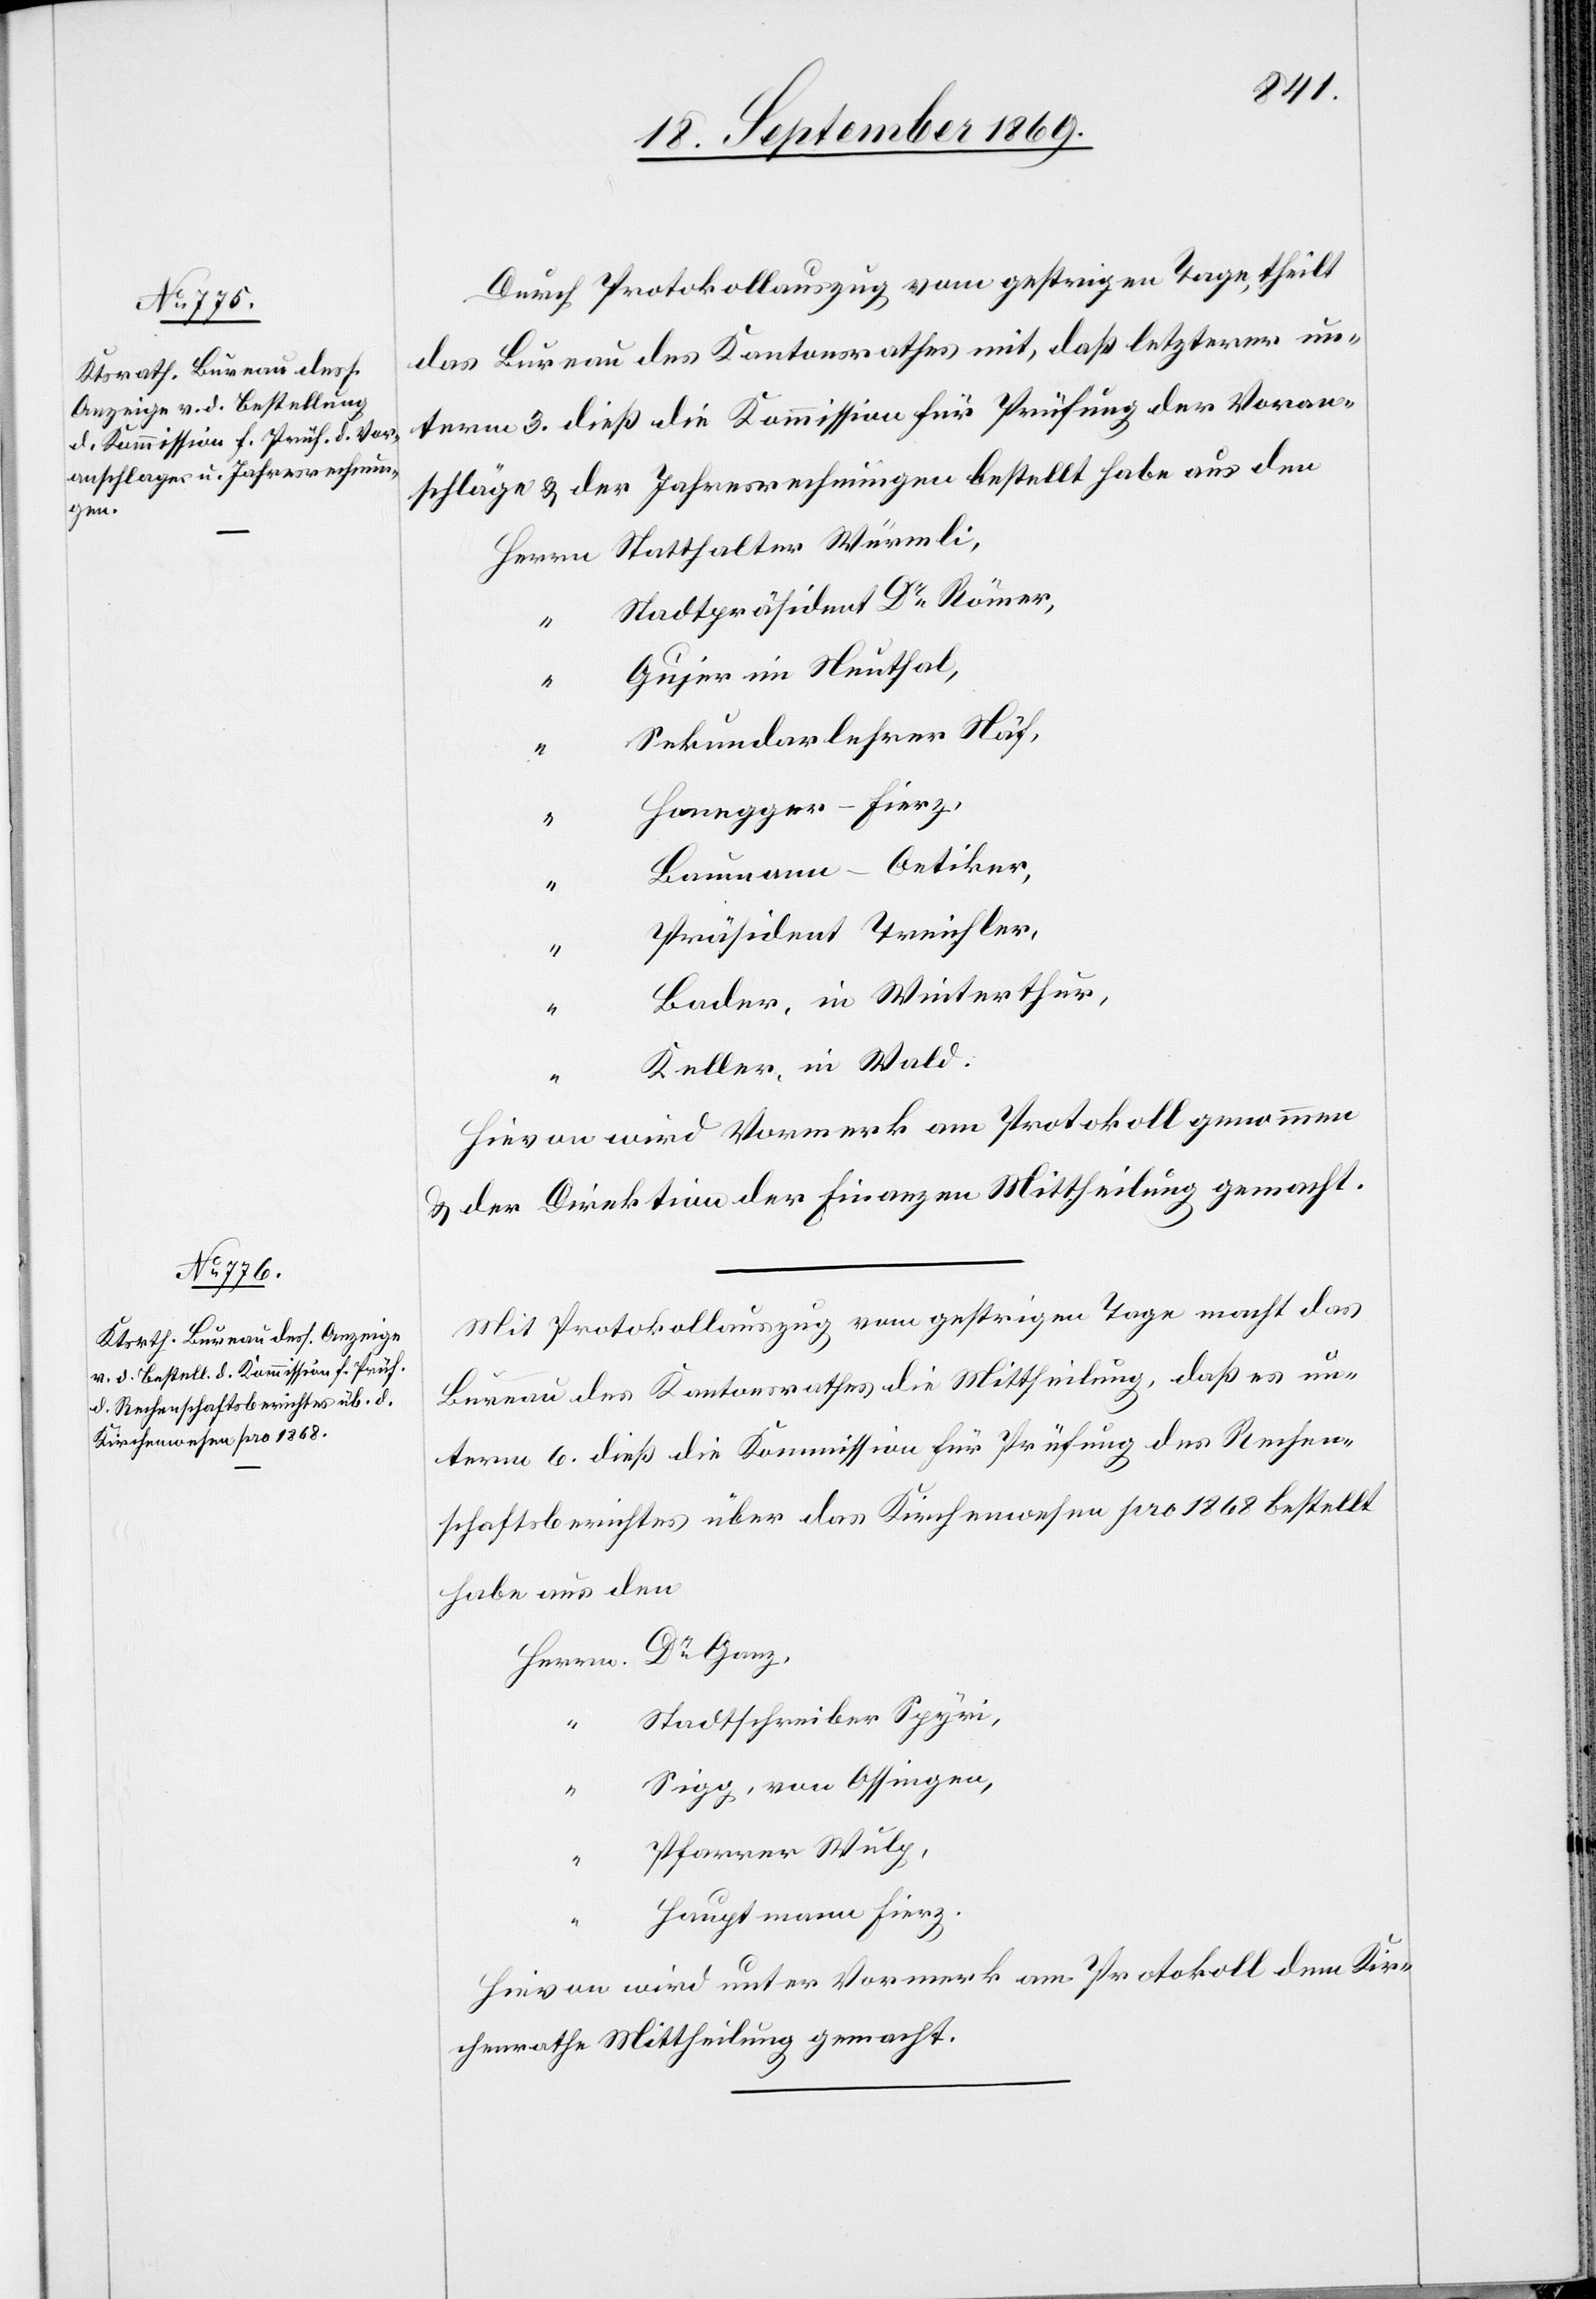
Ganz,

Durch Protokollauszug vom gestrigen Tage, theilt
das Bureau des Kantonsrathes mit, daß letzterer un¬
term 3. dieß die Kommission für Prüfung der Voran¬
schläge & der Jahresrechnungen bestellt habe aus den
Stadtpräsident Dr Römer,
Gujer im Neuthal,
“
Sekundarlehrer Näf,
Honegger-Fierz,
Baumann-Oetiker,
“
Präsident Treichler,
Bader, in Winterthur,
Keller, in Wald.
Hievon wird Vormerk am Protokoll genommen
& der Direktion der Finanzen Mittheilung gemacht.
h Protokollauszug vom gestrigen Tage macht das
Bureau des Kantonsrathes die Mittheilung, daß es un¬
term 6. dieß die Kommission für Prüfung des Rechen¬
schaftsberichtes über das Kirchenwesen pro 1868 bestellt
habe aus den
Stadtschreiber Spyri,
Sigg, von Ossingen,
“
Pfarrer Wulp,
Hauptmann Fierz.
Hievon wird unter Vormerk am Protokoll dem Kir¬
chenrathe Mittheilung gemacht.